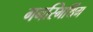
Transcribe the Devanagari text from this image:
गनस्मिथिंग